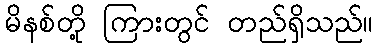
မိနစ်တို့ ကြားတွင် တည်ရှိသည်။